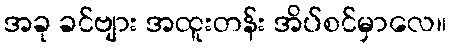
အခု ခင်ဗျား အထူးတန်း အိပ်စင်မှာလေ။